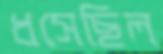
ধসেছিল